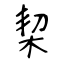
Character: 栔